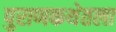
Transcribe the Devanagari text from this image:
पुराणकथेतला